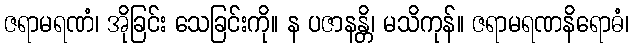
ဇရာမရဏံ၊ အိုခြင်း သေခြင်းကို။ န ပဇာနန္တိ၊ မသိကုန်။ ဇရာမရဏနိရောဓံ၊